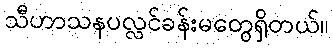
သီဟာသနပလ္လင်ခန်းမတွေရှိတယ်။